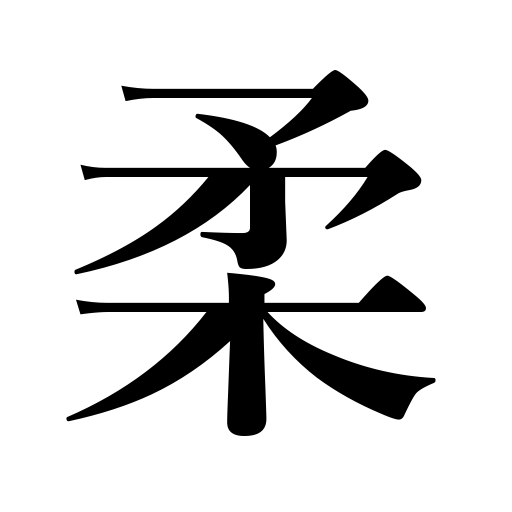
Meanings: weakness,gentle,mellow,gentleness,soft,softness,plastic,tender,limp